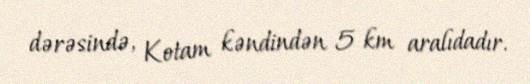
dərəsində, Kotam kəndindən 5 km aralıdadır.